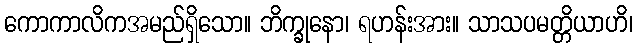
ကောကာလိကအမည်ရှိသော။ ဘိက္ခုနော၊ ရဟန်းအား။ သာသပမတ္တိယာဟိ၊